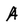
Character: A